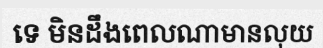
ទេ មិនដឹងពេលណាមានលុយ